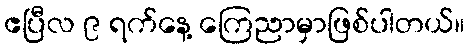
ဧပြီလ ၉ ရက်နေ့ ကြေညာမှာဖြစ်ပါတယ်။